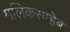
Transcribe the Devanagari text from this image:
मलिकसाहेब